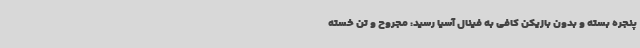
پنجره بسته و بدون بازیکن کافی به فینال آسیا رسید: مجروح و تن خسته